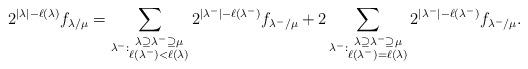
LaTeX: \begin{align*}2^{|\lambda|-\ell(\lambda)}{f}_{\lambda/\mu}=\sum\limits_{\lambda^-:\substack{\lambda\supseteq\lambda^-\supseteq \mu \\ \ell(\lambda^-)<\ell(\lambda) }}2^{|\lambda^-|-\ell(\lambda^-)}{f}_{\lambda^-/\mu}+2\sum\limits_{\lambda^-:\substack{\lambda\supseteq\lambda^-\supseteq \mu \\ \ell(\lambda^-)=\ell(\lambda) }}2^{|\lambda^-|-\ell(\lambda^-)}{f}_{\lambda^-/\mu}.\end{align*}